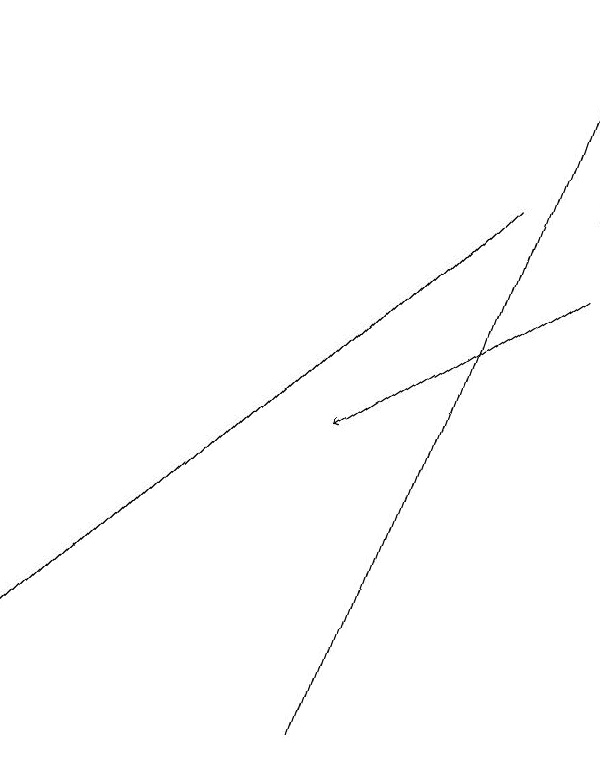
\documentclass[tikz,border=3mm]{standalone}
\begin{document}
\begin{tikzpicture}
\draw[->] (9,16) -- (6,14);
\draw[->] (8,17) -- (2,11);
\draw[->] (6,10) -- (9,19);
\draw (9,19) rectangle (9,17);
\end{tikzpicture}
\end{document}